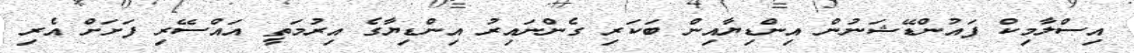
އިސްލާމިކް ފައުންޑޭޝަނުން އިންޑިޔާއިން ބަކަރި ގެންނައިރު އިންޑިޔާގެ އިރުމަތީ އައްސޭރި ފަށަށް އެރި